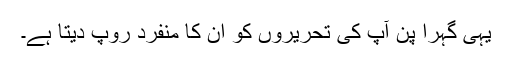
یہی گہرا پن آپ کی تحریروں کو ان کا منفرد روپ دیتا ہے۔